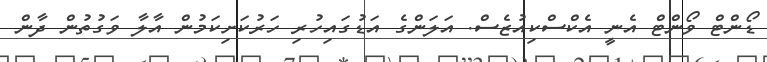
ޑޯންޓް ވޯންޓް އެނީ އެކްސްކިއުޒެސް. އަލަންގެ އަޑުގައިހުރި ހަރުކަށިކަމުން އާލާ ވަގުތުން ދާން